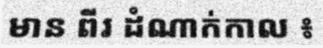
មាន ពីរ ដំណាក់កាល ៖